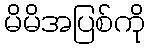
မိမိအပြစ်ကို